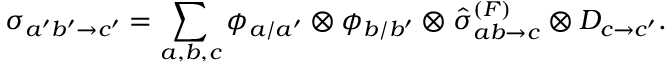
\sigma _ { a ^ { \prime } b ^ { \prime } \rightarrow c ^ { \prime } } = \sum _ { a , b , c } \phi _ { a / a ^ { \prime } } \otimes \phi _ { b / b ^ { \prime } } \otimes \hat { \sigma } _ { a b \rightarrow c } ^ { ( F ) } \otimes D _ { c \rightarrow c ^ { \prime } } .